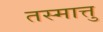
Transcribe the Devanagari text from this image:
तस्मात्तु